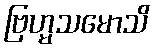
ဗြဟ္မသမောသိ